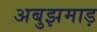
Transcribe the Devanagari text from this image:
अबुझमाड़